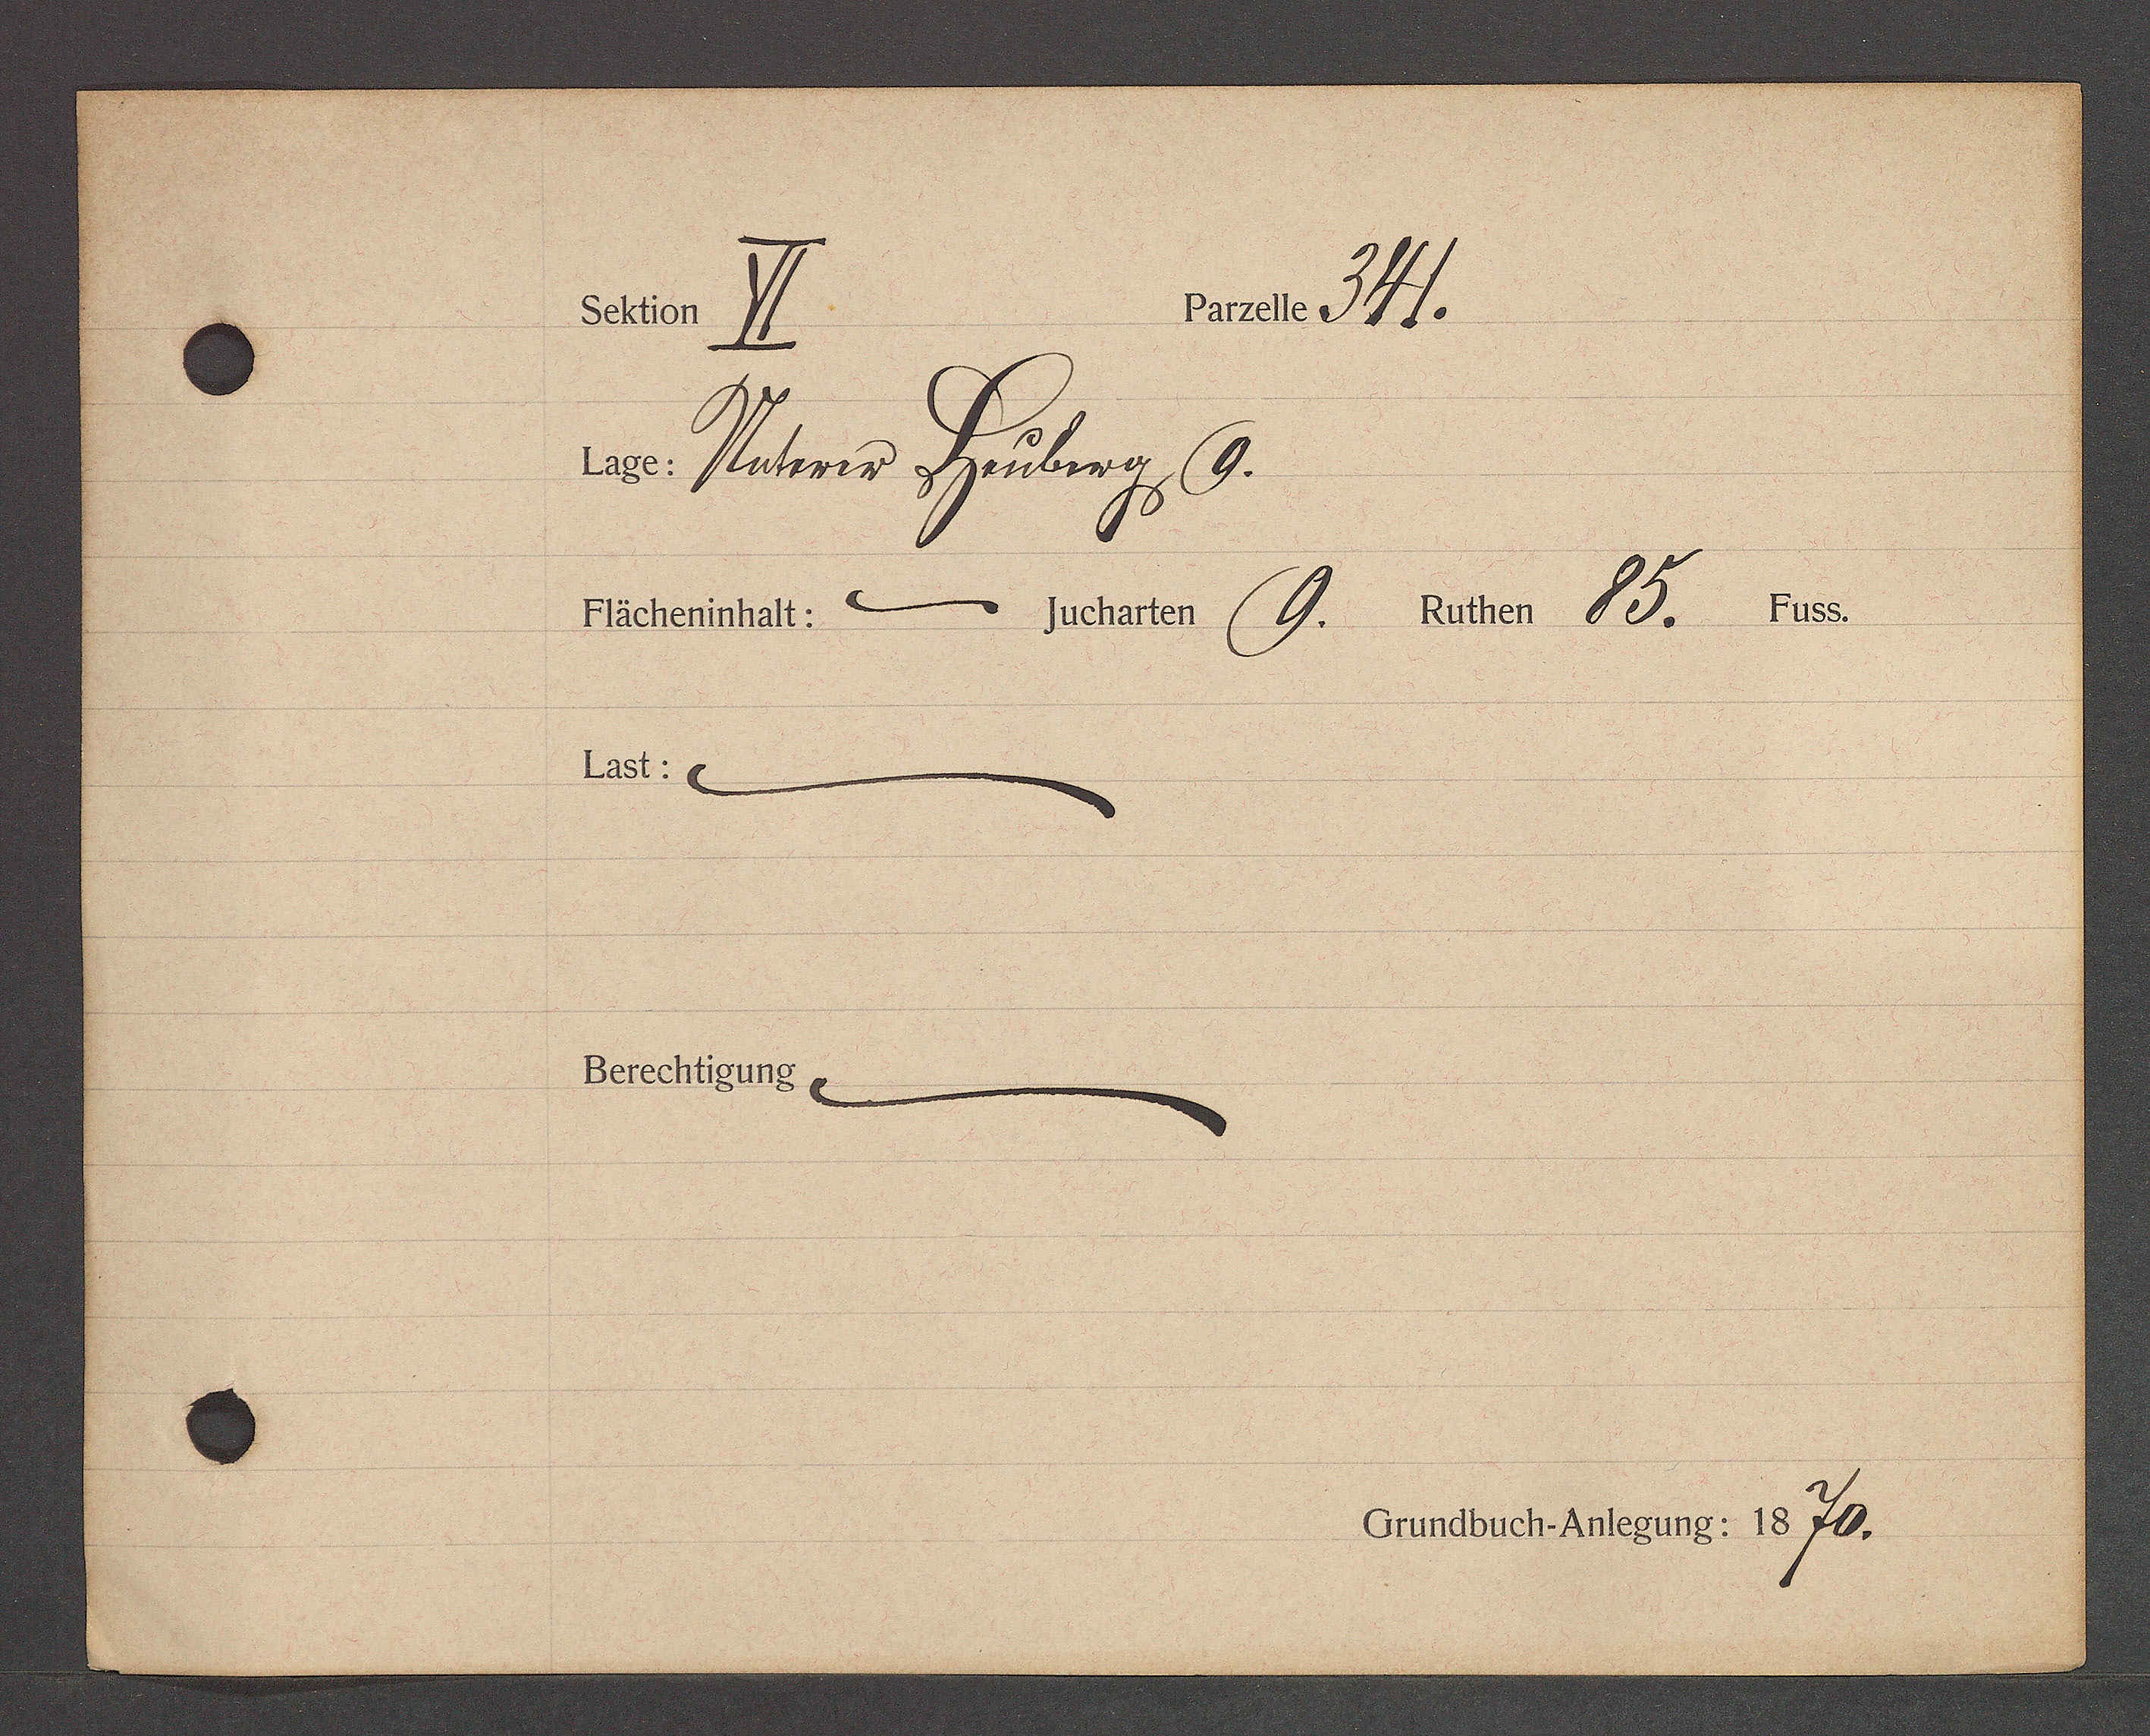
Transcript:
a 171.
Scktion)
vm Retem Speburg 9.
Fücherinhall:- Jucharten (88. Ruthen 80. Fuss.
Last: 9
Berechtigunge
Grundbuch-Anlegung: 18 76.